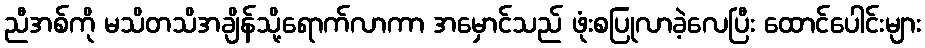
ညီအစ်ကို မသိတသိအချိန်သို့ရောက်လာကာ အမှောင်သည် ဖုံးစပြုလာခဲ့လေပြီး ထောင်ပေါင်းများ